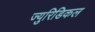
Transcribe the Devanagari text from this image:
ज्युरिडिकल